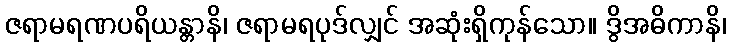
ဇရာမရဏပရိယန္တာနိ၊ ဇရာမရပုဒ်လျှင် အဆုံးရှိကုန်သော။ ဒွိအဓိကာနိ၊